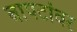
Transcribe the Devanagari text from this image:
बापटांवर